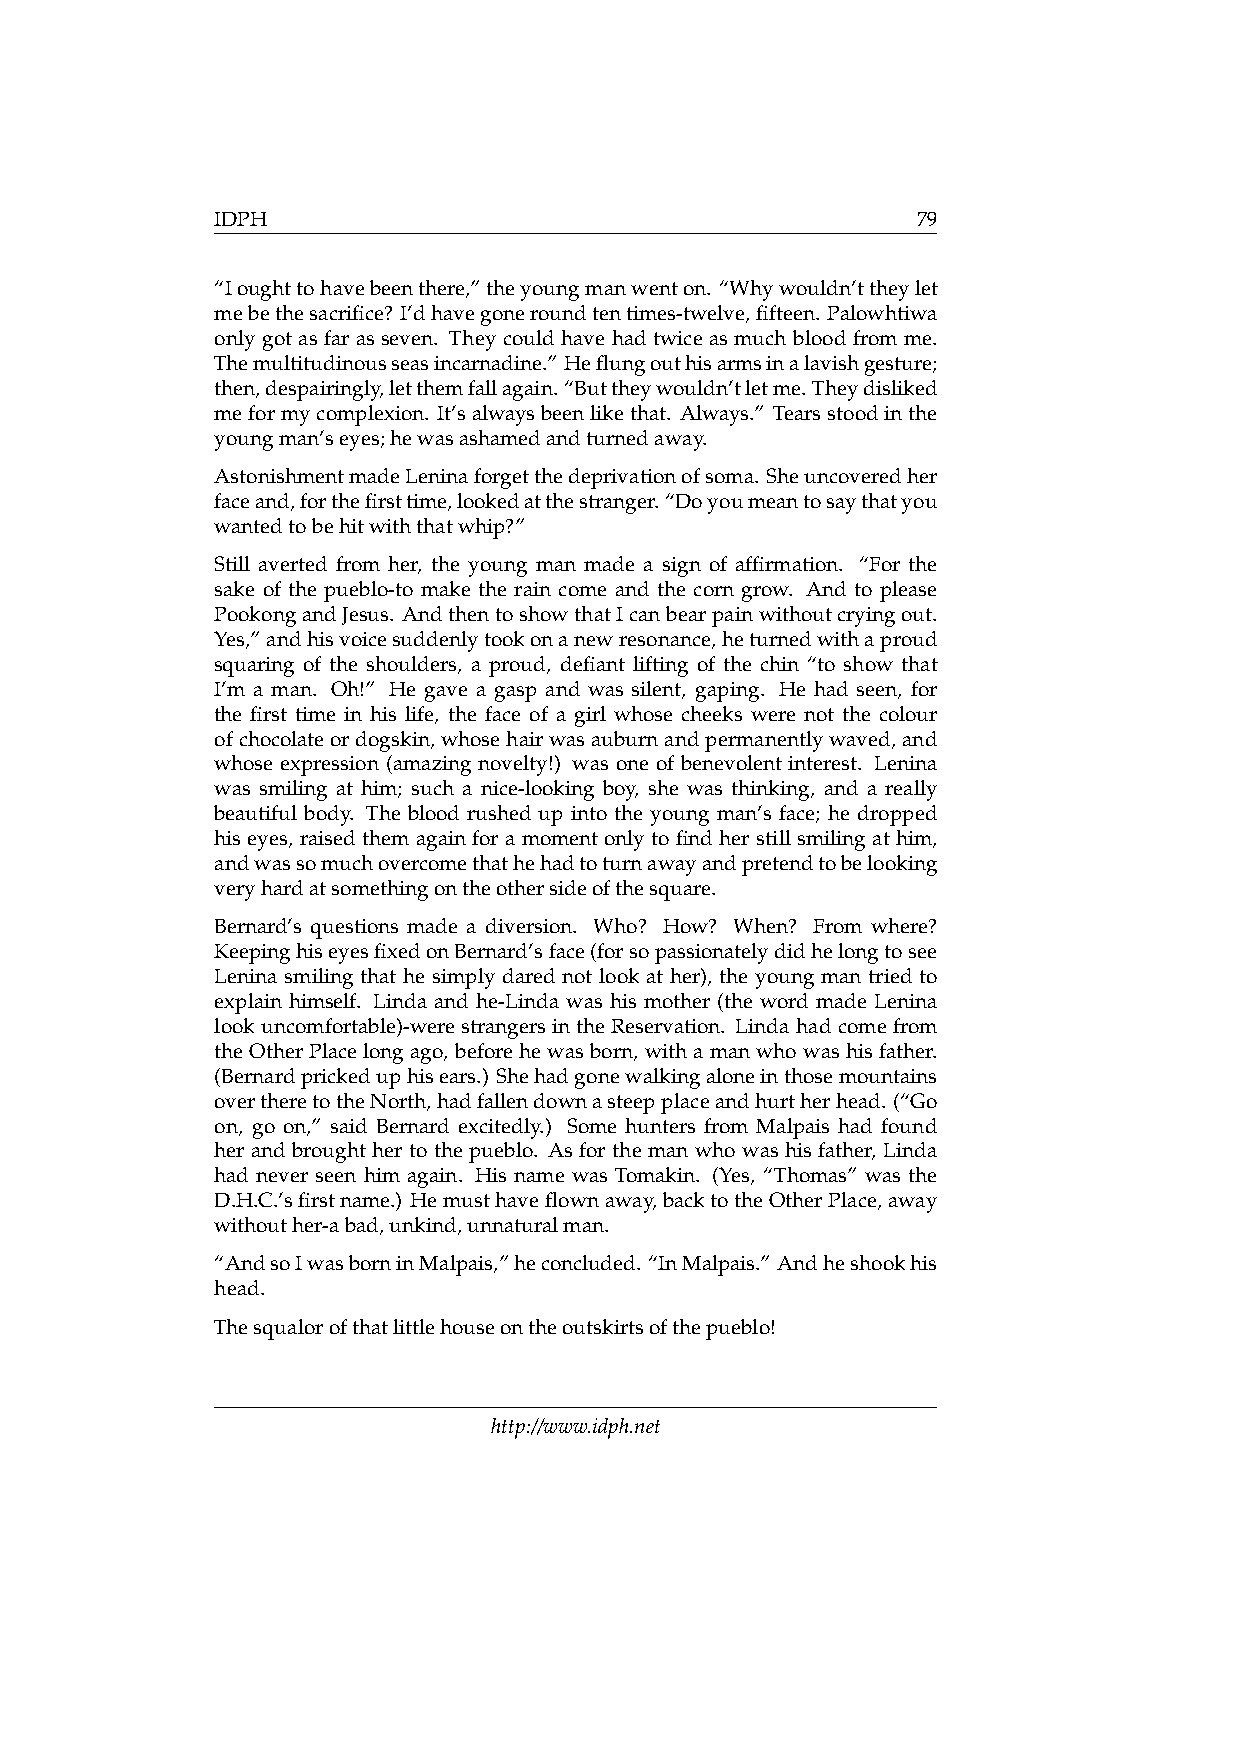
IDPH                                           79
 “Ioughttohavebeenthere,”theyoungmanwenton. “Whywouldn’ttheylet
 mebethesacrifice? I’dhavegoneroundtentimes-twelve,fifteen. Palowhtiwa
 only got as far as seven. They could have had twice as much blood from me.
 Themultitudinousseasincarnadine.”Heflungouthisarmsinalavishgesture;
 then,despairingly,letthemfallagain.“Buttheywouldn’tletme.Theydisliked
 meformycomplexion. It’salwaysbeenlikethat. Always.” Tearsstoodinthe
 youngman’seyes;hewasashamedandturnedaway.
 AstonishmentmadeLeninaforgetthedeprivationofsoma. Sheuncoveredher
 faceand,forthefirsttime,lookedatthestranger.“Doyoumeantosaythatyou
 wantedtobehitwiththatwhip?”
 Still averted from her, the young man made a sign of affirmation. “For the
 sake of the pueblo-to make the rain come and the corn grow. And to please
 PookongandJesus. AndthentoshowthatIcanbearpainwithoutcryingout.
 Yes,”andhisvoicesuddenlytookonanewresonance,heturnedwithaproud
 squaring of the shoulders, a proud, defiant lifting of the chin “to show that
 I’m a man. Oh!” He gave a gasp and was silent, gaping. He had seen, for
 the first time in his life, the face of a girl whose cheeks were not the colour
 ofchocolateordogskin,whosehairwasauburnandpermanentlywaved,and
 whose expression (amazing novelty!) was one of benevolent interest. Lenina
 was smiling at him; such a nice-looking boy, she was thinking, and a really
 beautiful body. The blood rushed up into the young man’s face; he dropped
 his eyes, raised them again for a moment only to find her still smiling at him,
 andwassomuchovercomethathehadtoturnawayandpretendtobelooking
 veryhardatsomethingontheothersideofthesquare.
 Bernard’s questions made a diversion. Who? How? When? From where?
 KeepinghiseyesfixedonBernard’sface(forsopassionatelydidhelongtosee
 Lenina smiling that he simply dared not look at her), the young man tried to
 explain himself. Linda and he-Linda was his mother (the word made Lenina
 look uncomfortable)-were strangers in the Reservation. Linda had come from
 theOtherPlacelongago, beforehewasborn, withamanwhowashisfather.
 (Bernardprickeduphisears.) Shehadgonewalkingaloneinthosemountains
 overtheretotheNorth,hadfallendownasteepplaceandhurtherhead. (“Go
 on, go on,” said Bernard excitedly.) Some hunters from Malpais had found
 her and brought her to the pueblo. As for the man who was his father, Linda
 had never seen him again. His name was Tomakin. (Yes, “Thomas” was the
 D.H.C.’sfirstname.) Hemusthaveflownaway,backtotheOtherPlace,away
 withouther-abad,unkind,unnaturalman.
 “AndsoIwasborninMalpais,”heconcluded. “InMalpais.” Andheshookhis
 head.
 Thesqualorofthatlittlehouseontheoutskirtsofthepueblo!
 http://www.idph.net